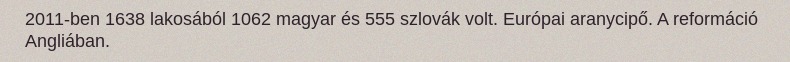
2011-ben 1638 lakosából 1062 magyar és 555 szlovák volt. Európai aranycipő. A reformáció Angliában.